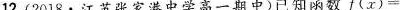
12.(2018·江苏张家港中学高一期中)已知函数$$f ( x ) =